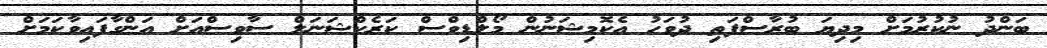
ބަންދު ނުކުރުމަށް މިދިޔަ ބުރާސްފަތި ދުވަހު އެކޮމިޝަނުން މޯލްޑިވްސް ކަރެކްޝަނަލް ސާވިސްއަށް އަންގާފައިވާކަމަށް